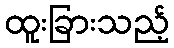
ထူးခြားသည့်